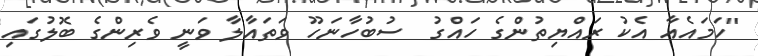
"ހަމައެއާ އެކު ރައްޔިތުންގެ ހައްގު  ސުބުހާނަހޫ ވަތައާލާ ވަނީ ވެރިންގެ ބޮލުގައި